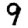
Digit: 9